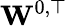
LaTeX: \mathbf{W}^{0,\top}